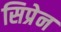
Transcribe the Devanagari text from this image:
सिप्रेन